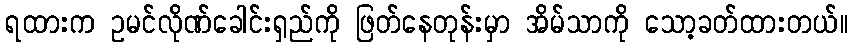
ရထားက ဥမင်လိုဏ်ခေါင်းရှည်ကို ဖြတ်နေတုန်းမှာ အိမ်သာကို သော့ခတ်ထားတယ်။